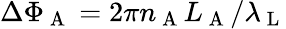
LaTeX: \Delta\Phi_{\mathrm{~A~}}=2\pi n_{\mathrm{~A~}}L_{\mathrm{~A~}}/\lambda_{\mathrm{~L~}}